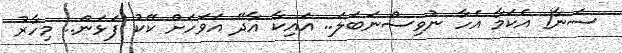
ސަނާ! އެކަމާ އެހާ ނުވިސްނަބަލަ.. އައިކާ އާދޭ އަވަހަށް ކޭކު ފަޅަން.. މިހާރު